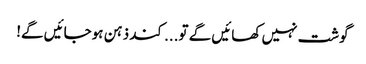
گوشت نہیں کھائیں گے تو... کند ذہن ہوجائیں گے!